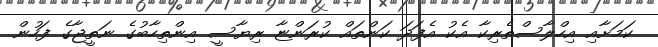
ކަމަށާއި އިހްލާސްތެރިކާ އެކު އެފަދަ ކަންތައް ކުރަންޏާ ރިޔާސީ އިންތިހާބުގެ ނަތީޖާގެ ފަހުން